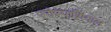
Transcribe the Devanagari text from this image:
एरोस्पाशियाल